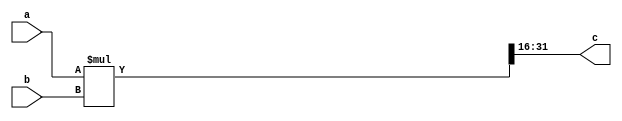
`timescale 1 ns/ 100 ps
module multiplier(input [15:0] a,b, output [15:0] c);
wire [31:0]temp;
	assign temp = a*b;
	assign c = temp[31:16];
endmodule